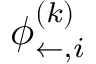
\boldsymbol { \phi } _ { \leftarrow , i } ^ { ( k ) }